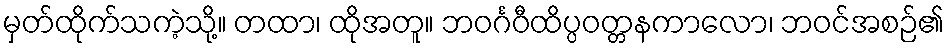
မှတ်ထိုက်သကဲ့သို့။ တထာ၊ ထိုအတူ။ ဘဝင်္ဂဝီထိပ္ပဝတ္တနကာလော၊ ဘဝင်အစဉ်၏